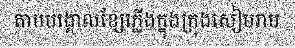
តាមបង្គោលខ្សែភ្លើងក្នុងក្រុងសៀមរាប